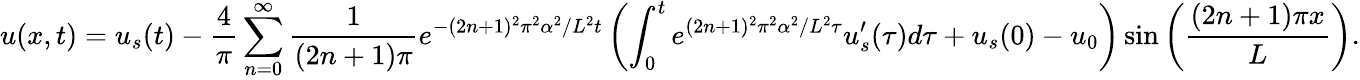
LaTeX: u(x,t)=u_{s}(t)-\frac{4}{\pi}\sum_{n=0}^{\infty}\frac{1}{(2n+1)\pi}e^{-(2n+1)^{2}\pi^{2}\alpha^{2}/L^{2}t}\left(\int_{0}^{t}e^{(2n+1)^{2}\pi^{2}\alpha^{2}/L^{2}\tau}u_{s}^{\prime}(\tau)d\tau+u_{s}(0)-u_{0}\right)\sin\left(\frac{(2n+1)\pi x}{L}\right).